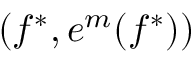
( f ^ { * } , e ^ { m } ( f ^ { * } ) )